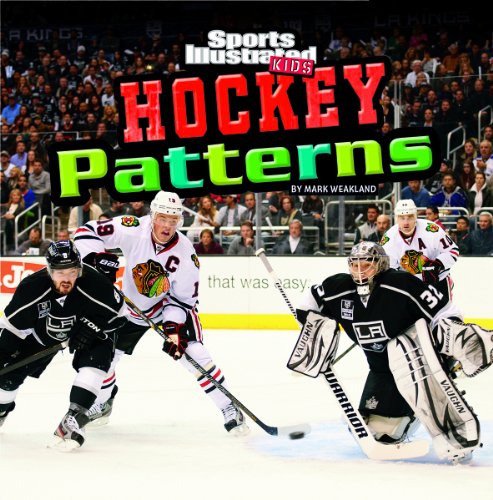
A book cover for Hockey Patterns (SI Kids Rookie Books); Mark Weakland; Children's Books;